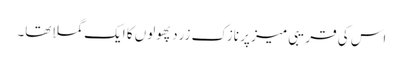
اس کی قریبی میز پر نازک زرد پھولوں کا ایک گملا تھا۔